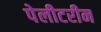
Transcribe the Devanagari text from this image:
पेलीटरीन